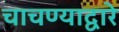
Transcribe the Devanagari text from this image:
चाचण्याद्वारे